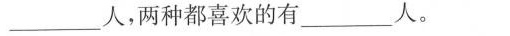
___人，两种都喜欢的有___人。